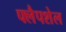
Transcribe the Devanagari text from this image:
फ्लैपशेल